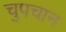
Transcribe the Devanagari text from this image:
चुपचान